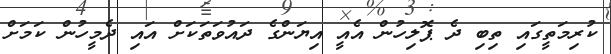
ކުރިމަތީގައި ތިބި ދެ ޕޮލިހުން އެއީ އިޔަންގެ ދައުވަތަކަށް އައި ދެމީހުން ކަމަށް